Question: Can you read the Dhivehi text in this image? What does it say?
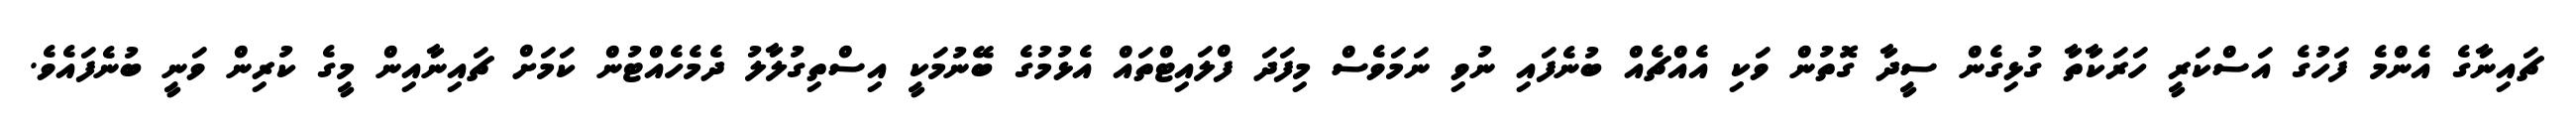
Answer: ޗައިނާގެ އެންމެ ފަހުގެ އަސްކަރީ ހަރަކާތާ ގުޅިގެން ސީދާ ގޮތުން ވަކި އެއްޗެއް ބުނެފައި ނުވި ނަމަވެސް މިފަދަ ފްލައިޓްތައް އެޅުމުގެ ބޭނުމަކީ އިސްތިގުލާލު ދެމެހެއްޓުން ކަމަށް ޗައިނާއިން މީގެ ކުރިން ވަނީ ބުނެފައެވެ.